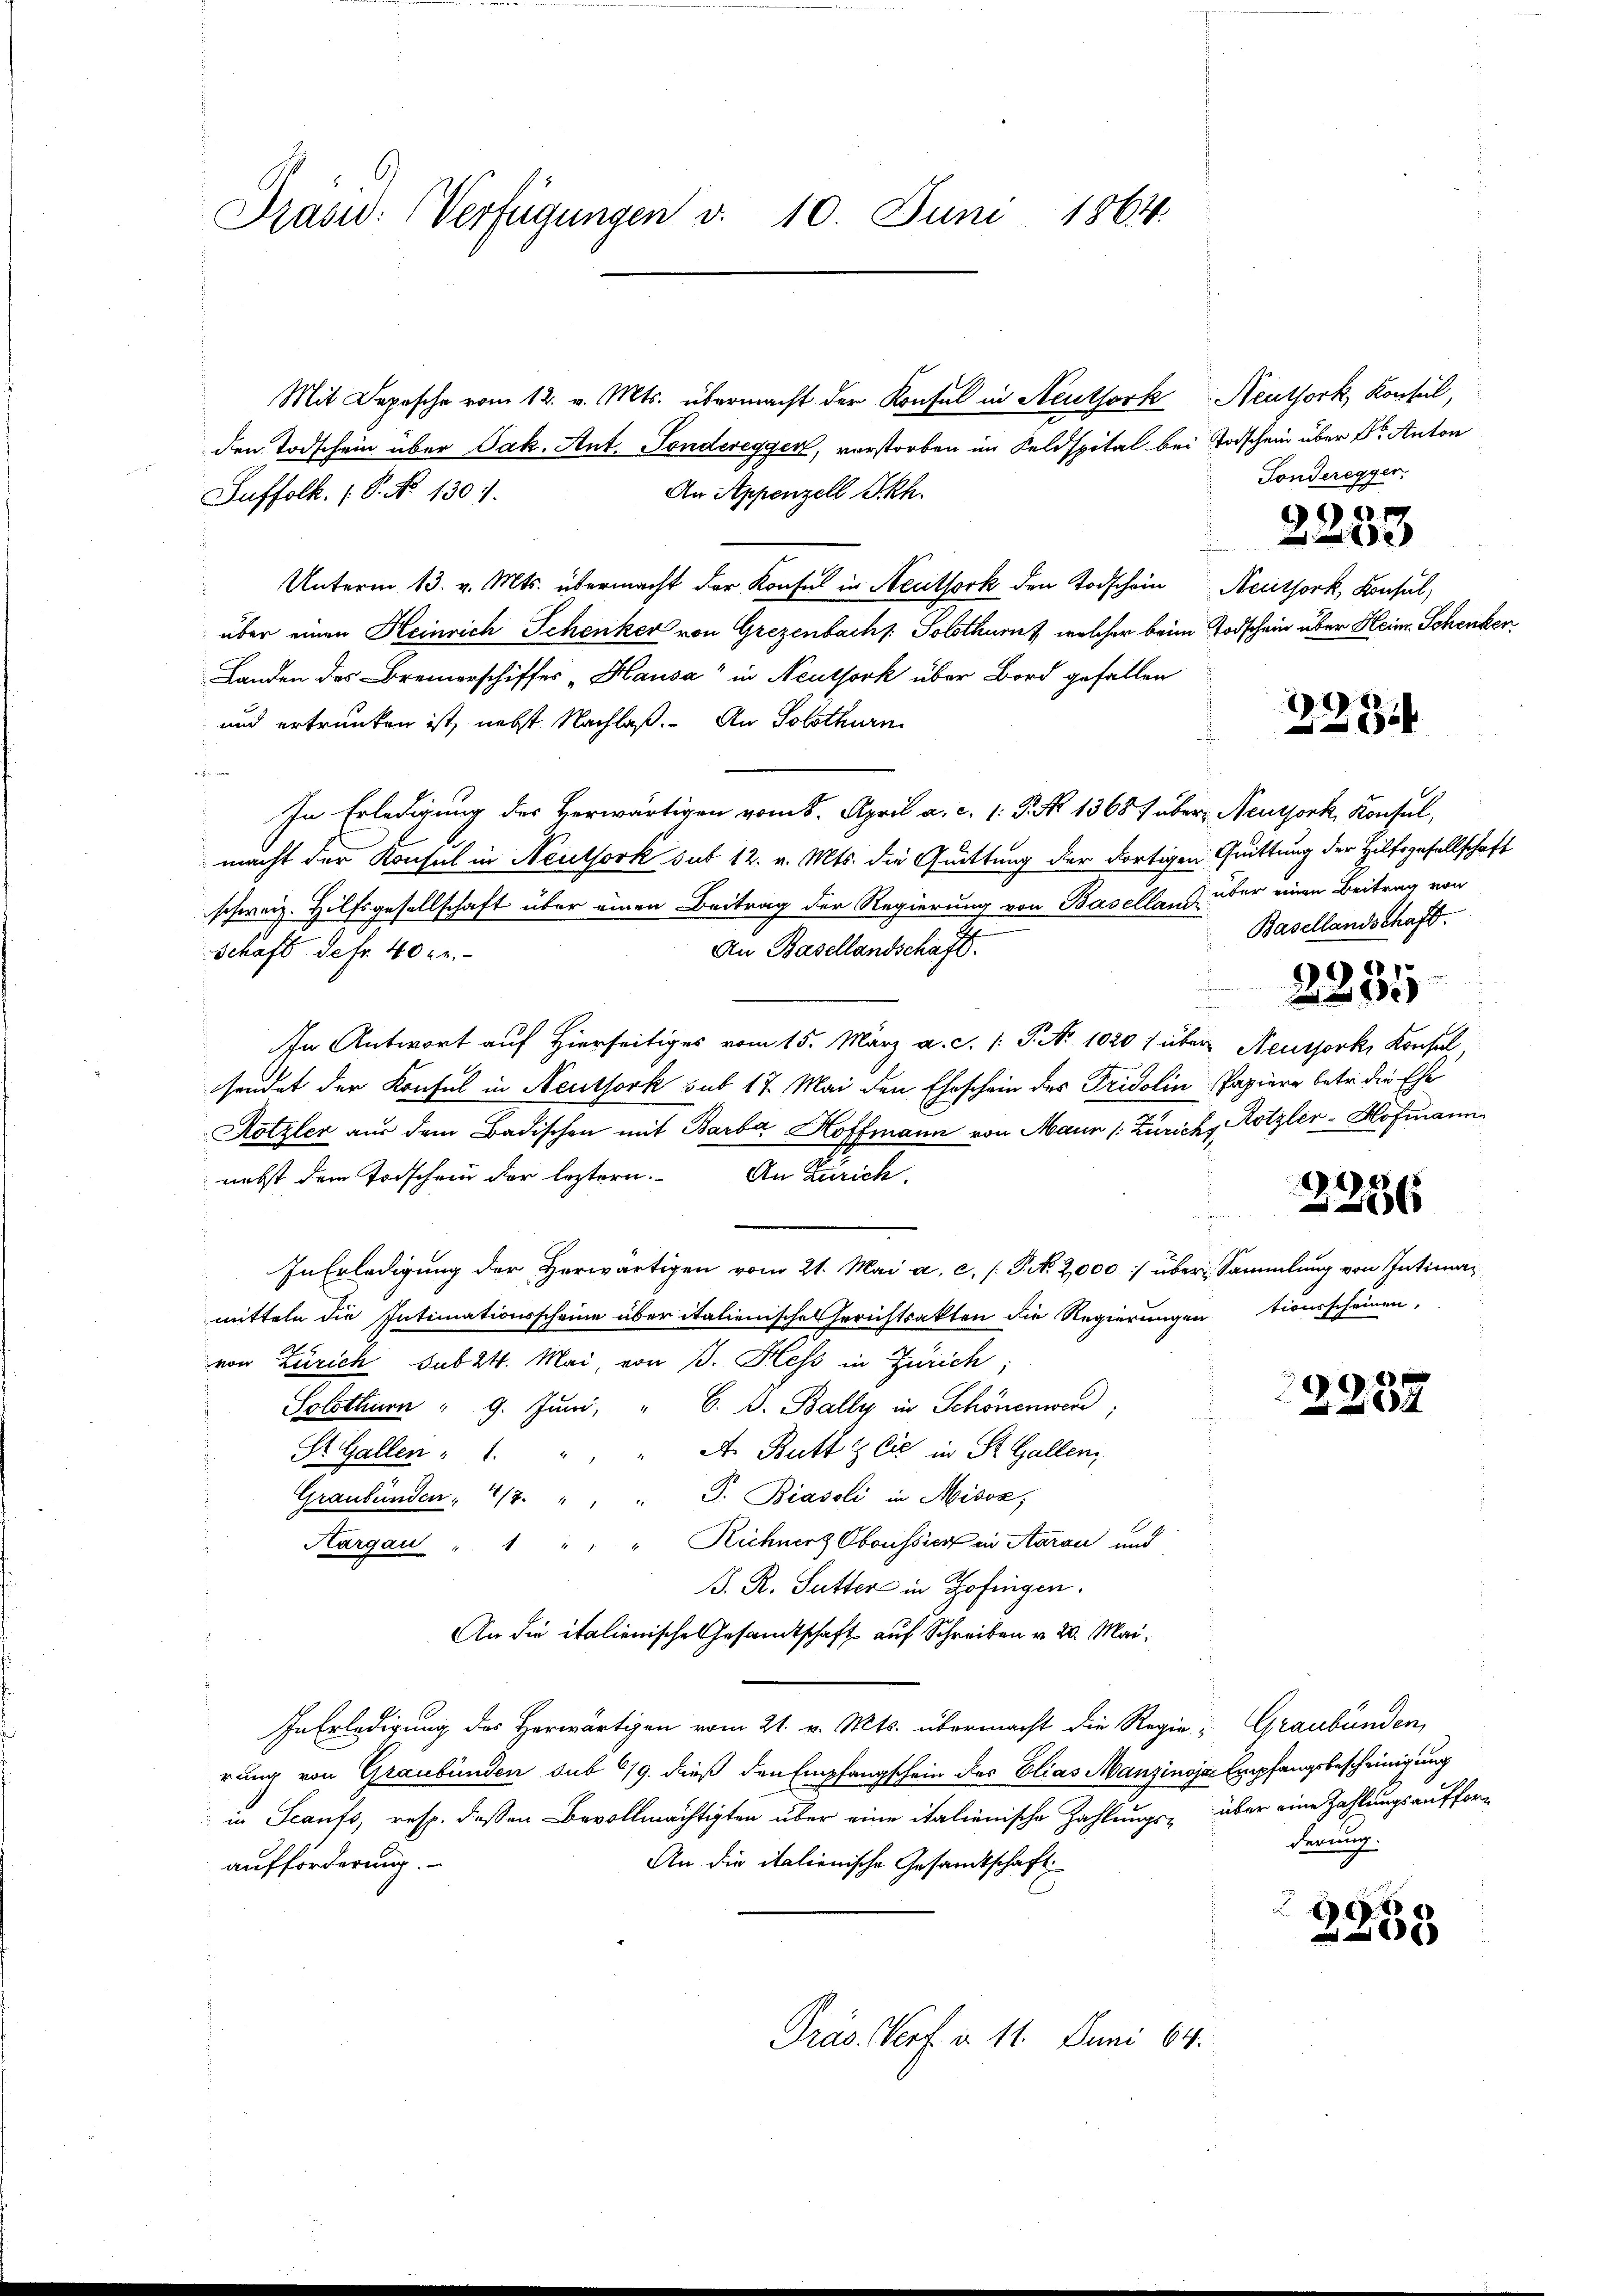
Präsid. Verfügungen v. 10. Juni 1864.

Mit Depesche vom 12. v. Mts. übermacht der Konsul in Neuthork Neuthork, Konseil,
den Todschein über Jak. Ant. Sonderegger, vorstorben im Feldspital bei Todschein über der Anton
An Appenzell I.Rh.
Suffolk. (S. No 1307.
Unterm 13. v. Mts. übermacht der Konfes in Neuthork den Todschein Neuthork, Konsul,
über einen Heinrich Schenker von Grezenbach: Solothurn, welcher beim Todschein über Heinr. Schenken
Landen des Bremerschiffes „Hausa“ in Neuthork über Bord gefallen
und ertrunken ist, nebst Nachlaß. An Solothurn
¬
In Erledigung des Herwärtigen vom 8. April a. c. 1: P. No 1368 über Neujork, Konsul,
macht der Konsul in Neuthork sub 12. v. Mts. die Quittung der dortigen Grüttung der Hilfsgesellschaft
schweiz. Hilfsgesellschaft über einen Beitrag der Regierung von Basellan über einen Beitrag von
An Basellandschaft.
Schaft de fr. 40 xr.
In Antwort auf Hierseitiges vom 15. März a.c. (: P. Nr. 1020 / über Neussork, Konsul,
sendet der Konsul in Neuthork sub 17. Mai den Eheschein des Fridolin Papiere betr. die Ehe
Hotzler aus dem Badischen mit Barbar Hoffmann von Maur (: Zürich, Rotzler-Hofmanne
nebst dem Todschein der leztern. An Zürich
In Erledigŭng der Horwärtigen vom 21. Mai a. c. (T. N. 2000 : über Sammlung von Intimamitteln die Intimationsscheine über italienisches Gerichtsakten die Regierungentionsscheinen,
von Zürich sub 24. Mai, von B. Hess in Zürich;
6

Solothurn " 9. Jŭni " G. B. Bally in Schönenwer
A. Butt & Cie in St. Gallen,
St. Gallen : 1. "
Graubünden, 4/3. " " " G. Biasoli in Misox,
Aargau " 1 " " " Rechner Oboussich in Aarau und
B. R. Sutter in Zofingen.
An die italienische Gesandtschaft auf Schreiben v. 20. Mai¬
In Erledigung des Herwärtigen vom 21. v. Mts. übermacht die Regie- Graubünden,
rung von Graubünden sub 619. dieß den Empfangschein des Elias Manzinoja Empfangsbescheinigung
in Scaufs, resp. deßen Bevollmächtigten über eine italienische Zahlungs- über eine Zahlungsaufforderung.
An die italienische Gesandtschaft
aufforderung.
2
)
6
Präs. Verf. d. 11. Juni 64.

Tonderegger.

.

a
1

Basellandschaft.
9
2

2286

2234